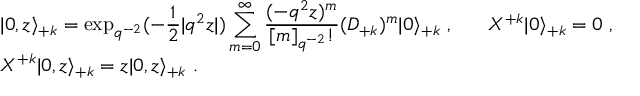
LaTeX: \begin{array} { l } { { \vert 0 , z \rangle _ { + k } = \displaystyle \exp _ { q ^ { - 2 } } ( - \frac { 1 } { 2 } | q ^ { 2 } z | ) \sum _ { m = 0 } ^ { \infty } \frac { ( - q ^ { 2 } z ) ^ { m } } { [ m ] _ { q ^ { - 2 } } ! } ( { \cal D } _ { + k } ) ^ { m } \vert 0 \rangle _ { + k } ~ , ~ ~ ~ ~ ~ { \cal X } ^ { + k } \vert 0 \rangle _ { + k } = 0 ~ , } } \\ { { { \cal X } ^ { + k } \vert 0 , z \rangle _ { + k } = z \vert 0 , z \rangle _ { + k } ~ . } } \end{array}